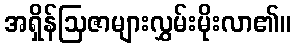
အရှိန်ဩဇာများလွှမ်းမိုးလာ၏။